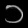
Digit: ၁